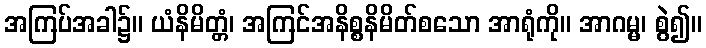
အကြပ်အခါ၌။ ယံနိမိတ္တံ၊ အကြင်အနိစ္စနိမိတ်စသော အာရုံကို။ အာဂမ္မ၊ စွဲ၍။